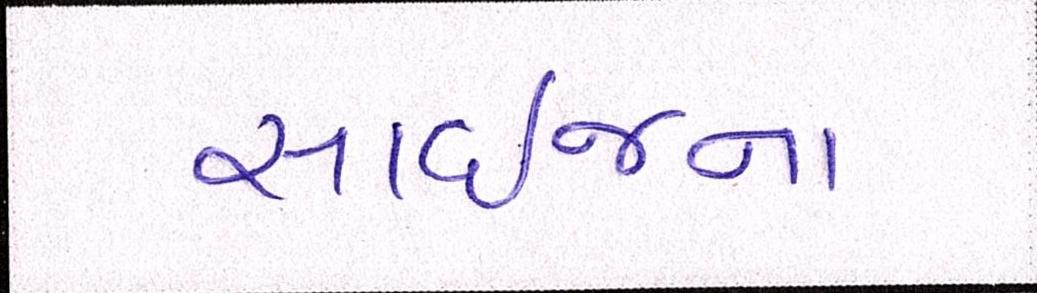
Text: સાઈજના